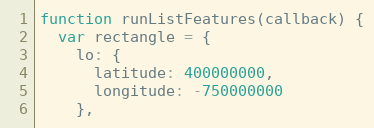
Language: JavaScript
function runListFeatures(callback) {
  var rectangle = {
    lo: {
      latitude: 400000000,
      longitude: -750000000
    },